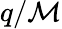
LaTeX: q/\mathcal{M}